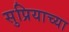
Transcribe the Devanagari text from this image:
सुप्रियाच्या